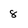
Character: 8